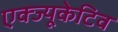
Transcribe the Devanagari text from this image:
एक्ज्यूकेटिव